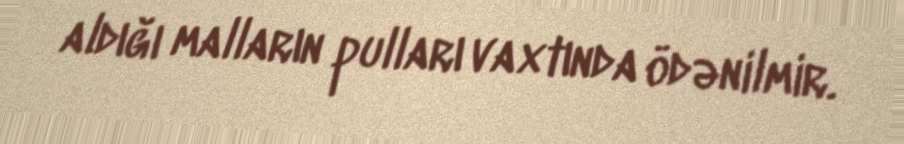
aldığı malların pulları vaxtında ödənilmir.